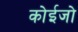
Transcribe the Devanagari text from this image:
कोईजो